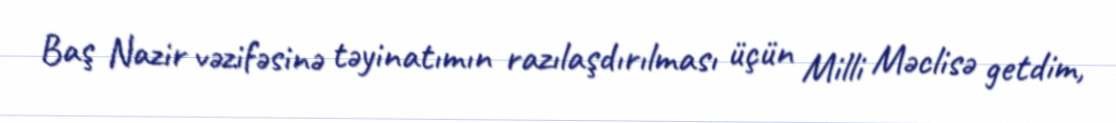
Baş Nazir vəzifəsinə təyinatımın razılaşdırılması üçün Milli Məclisə getdim,